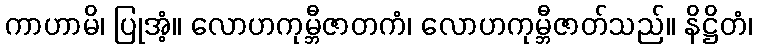
ကာဟာမိ၊ ပြုအံ့။ လောဟကုမ္ဘီဇာတကံ၊ လောဟကုမ္ဘီဇာတ်သည်။ နိဋ္ဌိတံ၊